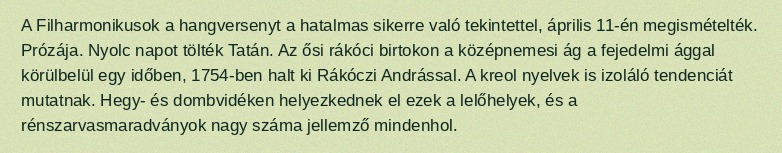
A Filharmonikusok a hangversenyt a hatalmas sikerre való tekintettel, április 11-én megismételték. Prózája. Nyolc napot tölték Tatán. Az ősi rákóci birtokon a középnemesi ág a fejedelmi ággal körülbelül egy időben, 1754-ben halt ki Rákóczi Andrással. A kreol nyelvek is izoláló tendenciát mutatnak. Hegy- és dombvidéken helyezkednek el ezek a lelőhelyek, és a rénszarvasmaradványok nagy száma jellemző mindenhol.